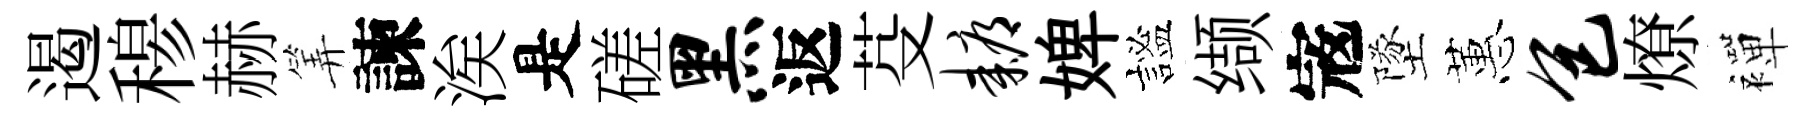
遏𥠇赫筭諫涘是磋黑返芟耨婢謐缬𡨥墜蕙包燎襌